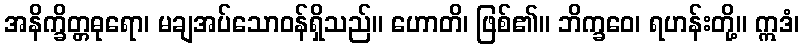
အနိက္ခိတ္တဓုရော၊ မချအပ်သောဝန်ရှိသည်။ ဟောတိ၊ ဖြစ်၏။ ဘိက္ခဝေ၊ ရဟန်းတို့။ ဣဒံ၊